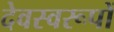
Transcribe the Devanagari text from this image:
देवस्वरूपों